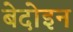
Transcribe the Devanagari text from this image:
बेदोइन